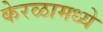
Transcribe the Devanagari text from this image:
केरळामध्ये